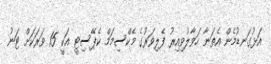
އަޅުގަނޑުމެން އެތަނާ ހަވާލުވިއިރު ފެލިވަރުގެ މެކްސިމަމް ކެޕޭސިޓީ އަކީ 15 ވަރަކަށް ޓަނު